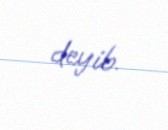
deyib.